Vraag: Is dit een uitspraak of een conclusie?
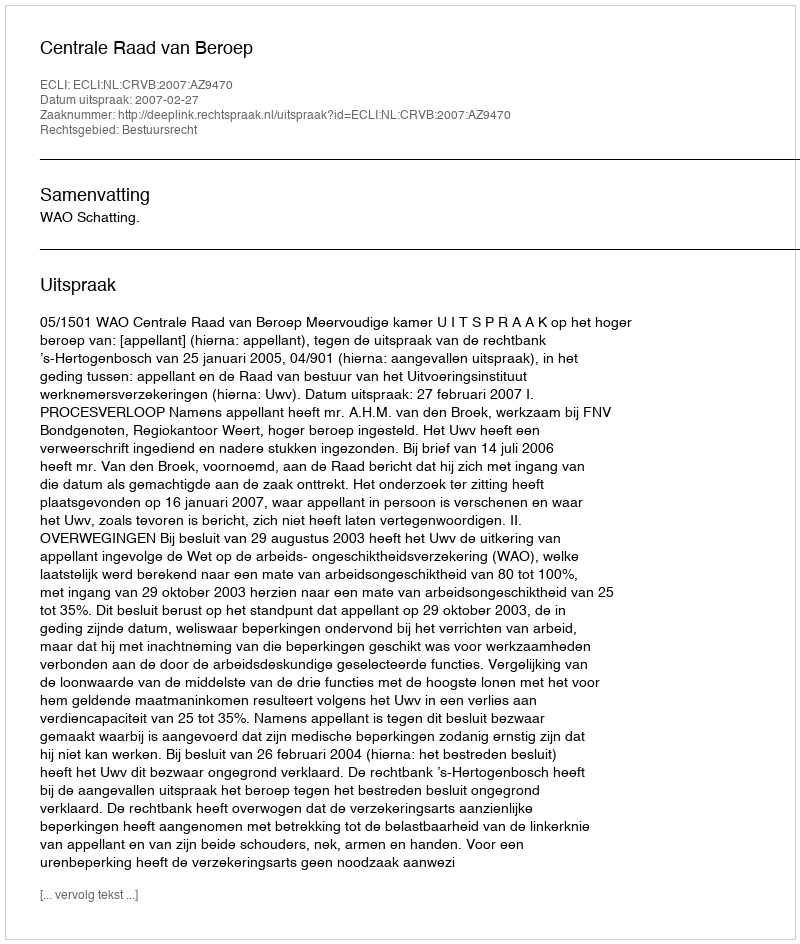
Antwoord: Uitspraak